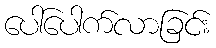
ပေါ်ပေါက်လာခြင်း